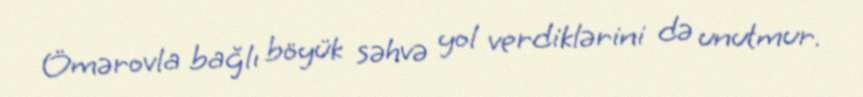
Ömərovla bağlı böyük səhvə yol verdiklərini də unutmur.